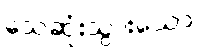
သေဆုံးသွားသော